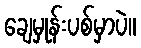
ချေမှုန်းပစ်မှာပဲ။